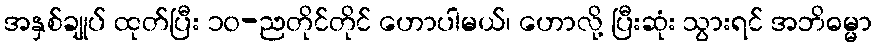
အနှစ်ချုပ် ထုတ်ပြီး ၁၀-ညတိုင်တိုင် ဟောပါမယ်၊ ဟောလို့ ပြီးဆုံး သွားရင် အဘိဓမ္မာ